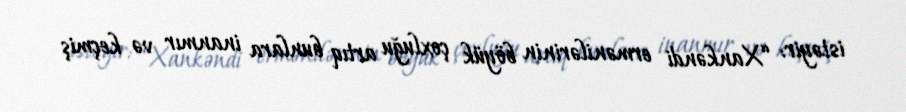
istəyir: “Xankəndi ermənilərinin böyük çoxluğu artıq bunlara inanmır və keçmiş